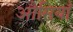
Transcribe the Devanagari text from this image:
औसियाँ